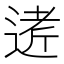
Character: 𲅟